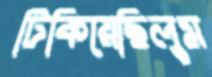
টিকিয়েছিলুম